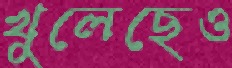
খুলেছেও